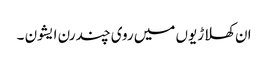
ان کھلاڑیوں میں روی چندرن ایشون ۔